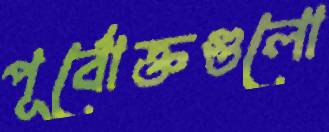
পূর্বোক্তগুলো